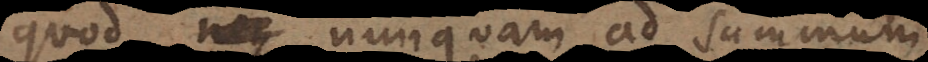
quod neque nunquam ad summum